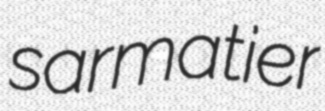
sarmatier